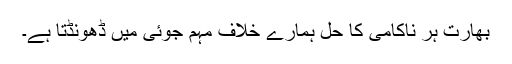
بھارت ہر ناکامی کا حل ہمارے خلاف مہم جوئی میں ڈھونڈتا ہے۔